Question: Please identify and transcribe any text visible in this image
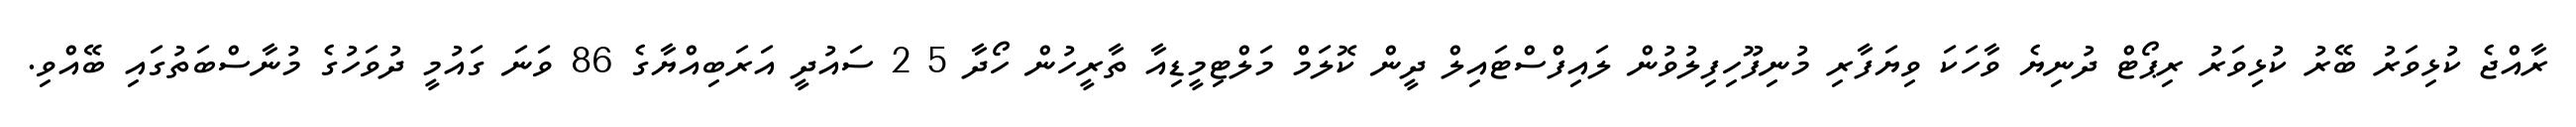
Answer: ރާއްޖެ ކުޅިވަރު ބޭރު ކުޅިވަރު ރިޕޯޓް ދުނިޔެ ވާހަކަ ވިޔަފާރި މުނިފޫހިފިލުވުން ލައިފްސްޓައިލް ދީން ކޮލަމް މަލްޓިމީޑިއާ ތާރީހުން ހޯދާ 5 2 ސައުދީ އަރަބިއްޔާގެ 86 ވަނަ ގައުމީ ދުވަހުގެ މުނާސްބަތުގައި ބޭއްވި.